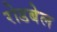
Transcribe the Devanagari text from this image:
रोडबेल